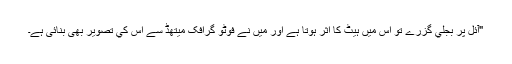
"آئل پر بجلي گزرے تو اس ميں ہيٹ کا اثر ہوتا ہے اور ميں نے فوٹو گرافک ميتھڈ سے اس کي تصوير بھی بنائی ہے۔